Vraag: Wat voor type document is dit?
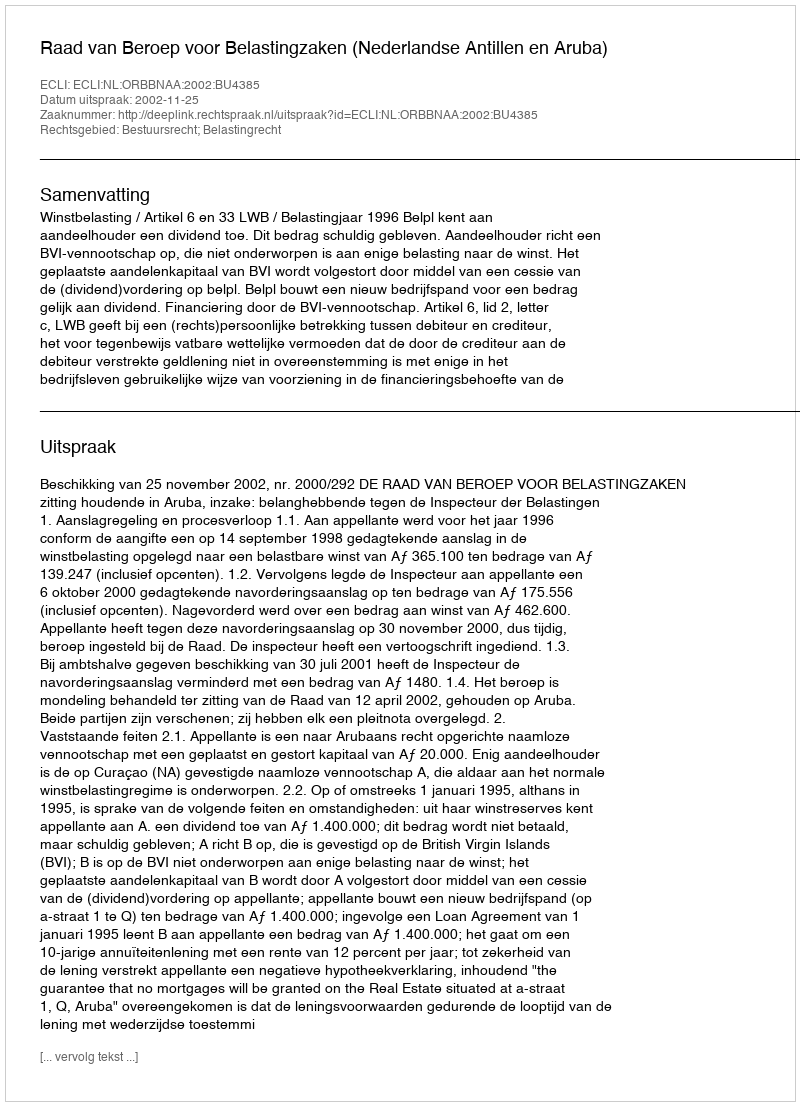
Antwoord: Uitspraak